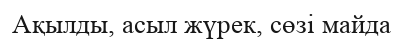
Ақылды, асыл жүрек, сөзі майда